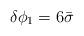
LaTeX: \begin{align*}\delta \phi _1=6\bar{\sigma }\end{align*}